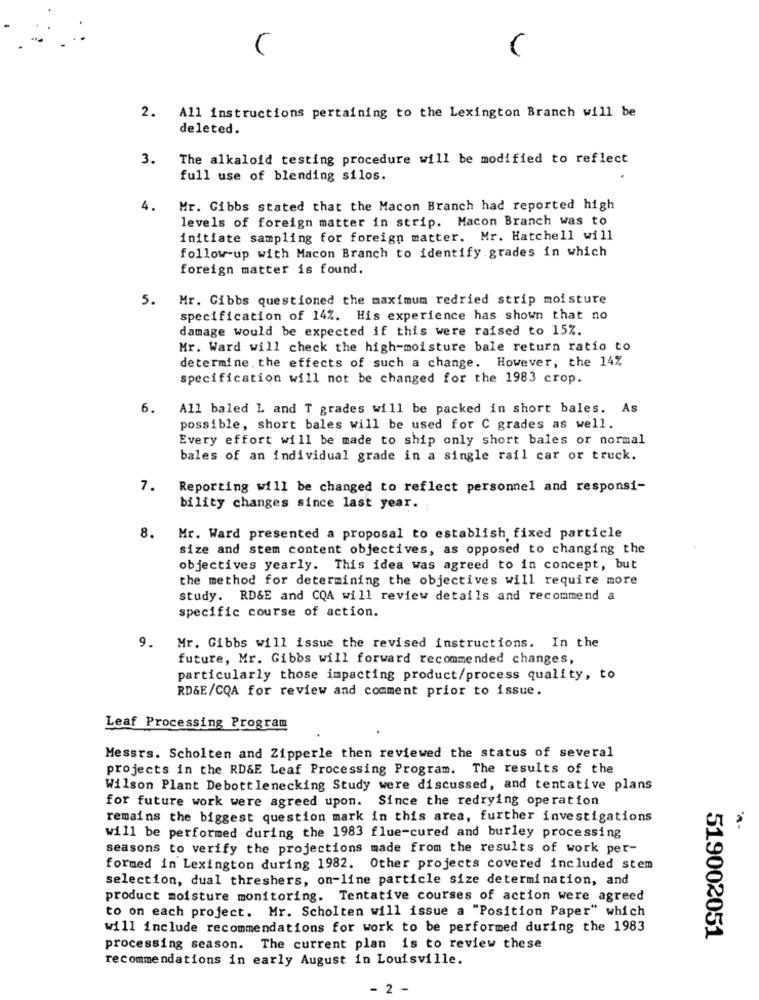
2. All instructions pertaining to the Lexington Branch will be
deleted.
3.
The alkaloid testing procedure will be modified to reflect
full use of blending silos.
4.
Mr. Gibbs stated that the Macon Branch had reported high
levels of foreign matter in strip. Macon Branch was to
initiate sampling for foreign matter. Mr. Hatchell will
follow-up with Macon Branch to identify grades in which
foreign matter is found.
5.
Mr. Gibbs questioned the maximum redried strip moisture
specification of 14%. His experience has shown that no
damage would be expected if this were raised to 15%.
Mr. Ward will check the high-moisture bale return ratio to
determine. the effects of such a change. However, the 14%
specification will not be changed for the 1983 crop.
6.
All baled L and T grades will be packed in short bales. As
possible, short bales will be used for C grades as well.
Every effort will be made to ship only short bales or normal
bales of an individual grade in a single rail car or truck.
7.
Reporting will be changed to reflect personnel and responsi-
bility changes since last year.
8.
Mr. Ward presented a proposal to establish fixed particle
size and stem content objectives, as opposed to changing the
objectives yearly. This idea was agreed to in concept, but
the method for determining the objectives will require more
study. RD&E and CQA will review details and recommend a
specific course of action.
9.
Mr. Gibbs will issue the revised instructions. In the
future, Mr. Gibbs will forward recommended changes,
particularly those impacting product/process quality, to
RD&E/CQA for review and comment prior to issue.
Leaf Processing Program
Messrs. Scholten and Zipperle then reviewed the status of several
projects in the RD&E Leaf Processing Program. The results of the
Wilson Plant Debottlenecking Study were discussed, and tentative plans
for future work were agreed upon. Since the redrying operation
remains the biggest question mark in this area, further investigations
will be performed during the 1983 flue-cured and burley processing
seasons to verify the projections made from the results of work per-
formed in Lexington during 1982. Other projects covered included stem
selection, dual threshers, on-line particle size determination, and
product moisture monitoring. Tentative courses of action were agreed
to on each project. Mr. Scholten will issue a "Position Paper" which
will include recommendations for work to be performed during the 1983
519002051
processing season. The current plan is to review these
recommendations in early August in Louisville.
2